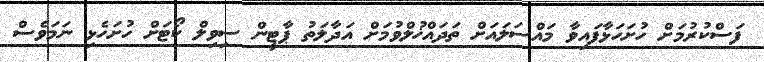
ފަސްކުރުމަށް ހުށަހަޅާފައިވާ މައްސަލައަށް ތަދައްޚުލްވުމަށް އަދާލަތު ޕާޓީން ސިވިލް ކޯޓަށް ހުށަހެޅި ނަމަވެސް